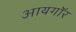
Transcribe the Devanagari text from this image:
आयगॉर